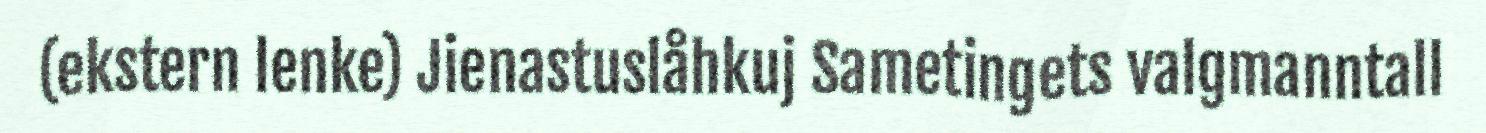
(ekstern lenke) Jienastuslåhkuj Sametingets valgmanntall